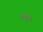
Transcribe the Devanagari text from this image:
पुच्छी